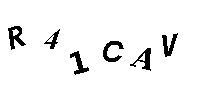
R41CAV